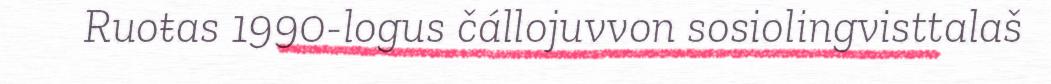
Ruoŧas 1990-logus čállojuvvon sosiolingvisttalaš